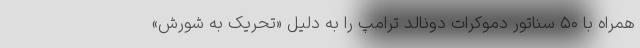
همراه با ۵۰ سناتور دموکرات دونالد ترامپ را به دلیل «تحریک به شورش»